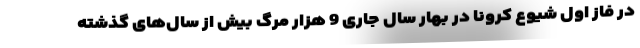
در فاز اول شیوع کرونا در بهار سال جاری 9 هزار مرگ بیش از سال‌های گذشته